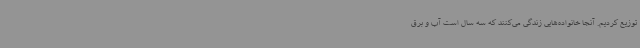
توزیع کردیم. آنجا خانواده‌هایی زندگی می‌کنند که سه سال است آب و برق